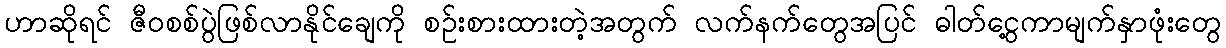
ဟာဆိုရင် ဇီဝစစ်ပွဲဖြစ်လာနိုင်ချေကို စဉ်းစားထားတဲ့အတွက် လက်နက်တွေအပြင် ဓါတ်ငွေ့ကာမျက်နှာဖုံးတွေ